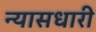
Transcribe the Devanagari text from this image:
न्यासधारी